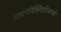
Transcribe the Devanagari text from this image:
सद्यपरिस्थितीमध्ये